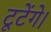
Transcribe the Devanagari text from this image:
टूटेंगे।